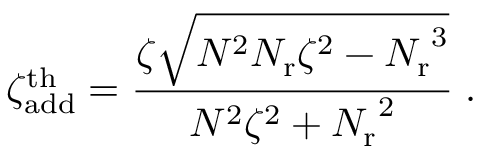
\zeta _ { \mathrm { a d d } } ^ { \mathrm { t h } } = \frac { \zeta \sqrt { N ^ { 2 } { N _ { \mathrm { r } } } \zeta ^ { 2 } - { N _ { \mathrm { r } } } ^ { 3 } } } { N ^ { 2 } \zeta ^ { 2 } + { N _ { \mathrm { r } } } ^ { 2 } } \; .